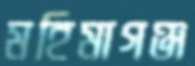
মহিমাগঞ্জ